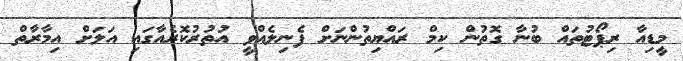
މީޑިއާ ރިޕޯޓުތައް ބުނާ ގޮތުން ކިމް ރައްޔިތުންނަށް ފެނިލެއްވީ އުތުރުކޮރެއާގައި އަލަށް އިމާރާތް